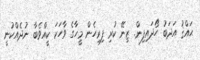
ޙައްޤު އަދަބު ހޯދައިފިން. ޒިނޭ ކުރި ފިރިހެން މީހާގެ ވާހަކަ ކީއްވެބާ ނުދެއްކުނީ